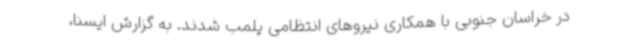
در خراسان جنوبی با همکاری نیروهای انتظامی پلمب شدند. به گزارش ایسنا،